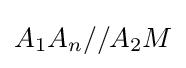
A_{1}A_{n}//A_{2}M